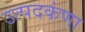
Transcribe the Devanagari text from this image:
उत्पदकंणा